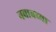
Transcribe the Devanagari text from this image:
नवाबच्या